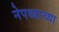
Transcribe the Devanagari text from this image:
नेपथ्याच्या